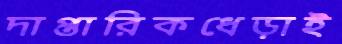
দাপ্তারিকধেড়াই